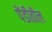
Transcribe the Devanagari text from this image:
पेंडीतील